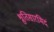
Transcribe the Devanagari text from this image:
श्रुतिसारमिदं